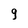
Character: 9